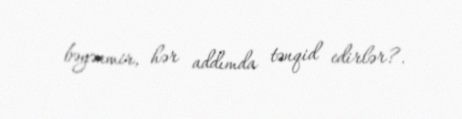
bəyənmir, hər addımda tənqid edirlər?.